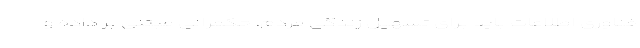
فناوری اطلاعات باید برای تسهیل زندگی مردم، حکمرانی مبتنی بر داده و